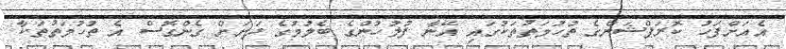
އެއަށްފަހު ކޮރަޕްޝަންގެ ތުހުމަތުތަކުގައި އޭނާ ފުލުހުންގެ ބެލުމުގެ ދަށަށް ގެންގޮސް އެ ތުހުމަތުތަކާ